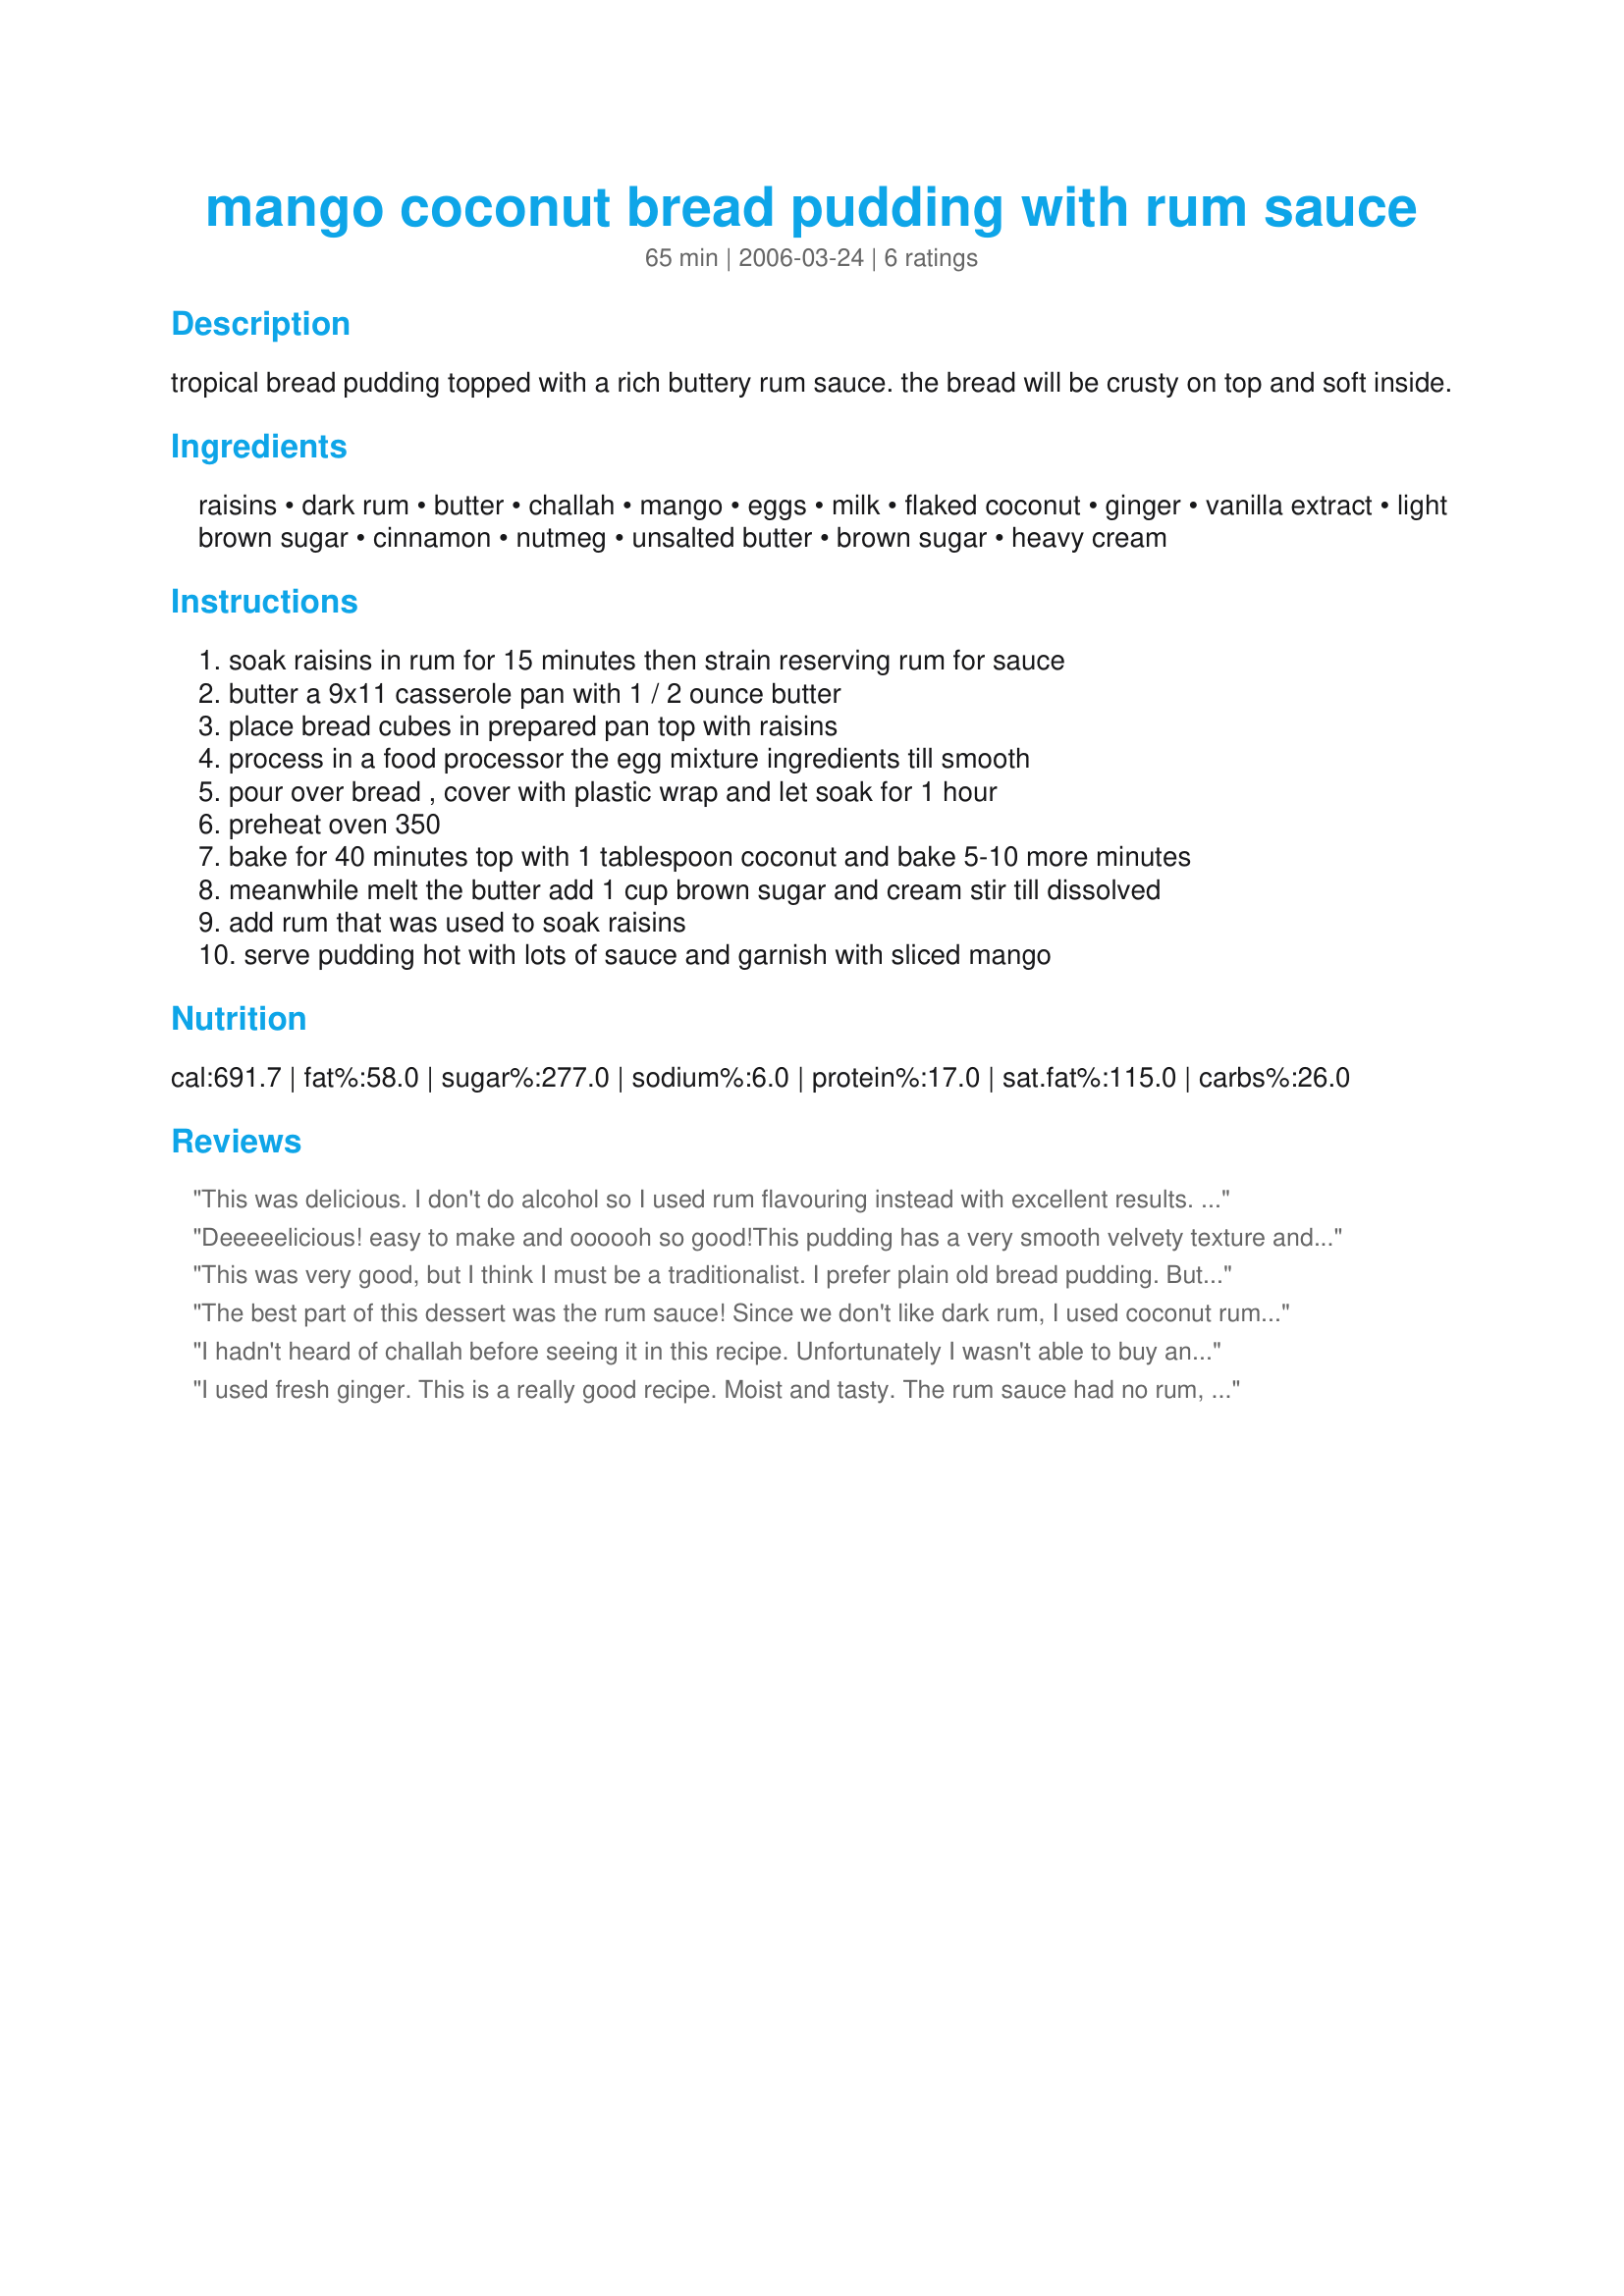
mango coconut bread pudding with rum sauce
Preparation time: 65 minutes

tropical bread pudding topped with a rich buttery rum sauce. the bread will be crusty on top and soft inside.

Ingredients:
raisins, dark rum, butter, challah, mango, eggs, milk, flaked coconut, ginger, vanilla extract, light brown sugar, cinnamon, nutmeg, unsalted butter, brown sugar, heavy cream

Steps:
soak raisins in rum for 15 minutes then strain reserving rum for sauce, butter a 9x11 casserole pan with 1 / 2 ounce butter, place bread cubes in prepared pan top with raisins, process in a food processor the egg mixture ingredients till smooth, pour over bread , cover with plastic wrap and let soak for 1 hour, preheat oven 350, bake for 40 minutes top with 1 tablespoon coconut and bake 5-10 more minutes, meanwhile melt the butter add 1 cup brown sugar and cream stir till dissolved, add rum that was used to soak raisins, serve pudding hot with lots of sauce and garnish with sliced mango

Reviews:
This was delicious. I don't do alcohol so I used rum flavouring instead with excellent results. I just used 3 TBS water and 1 TBS rum flavouring which worked fine. I love the flavour of rum with raisins. My DH really enjoyed this. Thanks for a wonderful recipe. I would have liked to take a photo of this, but my batteries were dead so I couldn't. As good as this recipe is though I am sure there will be lots of photos submitted.
Deeeeelicious! easy to make and oooooh so good!This pudding has a very smooth velvety texture and a great tropical flavour! I used white sugar because I had no brown!! Using challah is a great idea, I will make this again. DH really loved the pudding with sauce, he said 'this is a winner' compliments to the chef who created the recipe!
This was very good, but I think I must be a traditionalist. I prefer plain old bread pudding. But that said, my family devoured this and fought over who was taking home the leftover piece. I had raisin cinnamon bread in the freezer so that is what I used.
The best part of this dessert was the rum sauce! Since we don't like dark rum, I used coconut rum that comes in sample sizes fro our liquor stores. Even though I reduced the calories & fat content by using half & half, it was delish! 
Aside from scaling the recipe in half & using raisin bread, I followed the directions for the pudding itself. I baked it in a 7" round dish for a full hour; although it was quite crusty on top, the center part was rather mushy. Thanx for entering RSC8!
I hadn't heard of challah before seeing it in this recipe. Unfortunately I wasn't able to buy any so substituted brioche instead (which I found suggested as an alternative eleswhere on the Internet). I loved the fact that this was so easy to make; I made the egg mixture in advance then came back to it when I was ready. This made 6 large portions and we enjoyed it hot one day and cold the following two nichts.
I used fresh ginger. This is a really good recipe. Moist and tasty. The rum sauce had no rum, so I added it. The sauce is VERY carmelly. I used commercial dinner rolls that would have gone stale before I could use them all.
